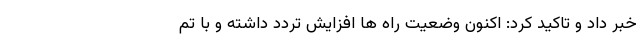
خبر داد و تاکید کرد: اکنون وضعیت راه ها افزایش تردد داشته و با تم